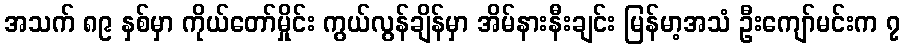
အသက် ၈၉ နှစ်မှာ ကိုယ်တော်မှိုင်း ကွယ်လွန်ချိန်မှာ အိမ်နားနီးချင်း မြန်မာ့အသံ ဦးကျော်မင်းက ၇